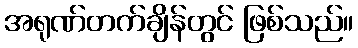
အရုဏ်တက်ချိန်တွင် ဖြစ်သည်။